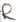
Text: R